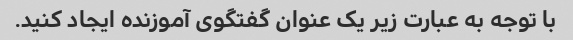
با توجه به عبارت زیر یک عنوان گفتگوی آموزنده ایجاد کنید.